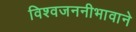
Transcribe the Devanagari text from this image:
विश्वजननीभावाने